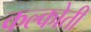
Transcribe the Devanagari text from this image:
कल्कोती